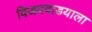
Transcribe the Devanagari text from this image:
विजयवाडयाला